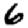
Digit: 6